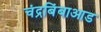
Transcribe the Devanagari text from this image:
चंद्रबिंबाआड